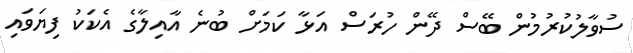
ސުވާލުކުރުމުން ބޭސް ދޭން ހުރަސް އަޅާ ކަމަށް ބުނެ އާއިލާގެ އެކަކު ފިޔަވައި